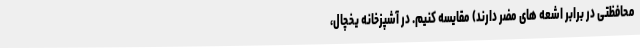
محافظتی در برابر اشعه های مضر دارند) مقایسه کنیم. در آشپزخانه یخچال،